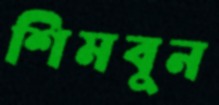
শিমবুন